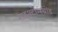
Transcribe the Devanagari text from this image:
राइश्टाग्स्ब्रांड